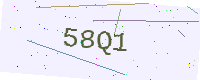
Text: 58Q1